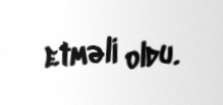
etməli oldu.